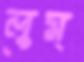
লুম্